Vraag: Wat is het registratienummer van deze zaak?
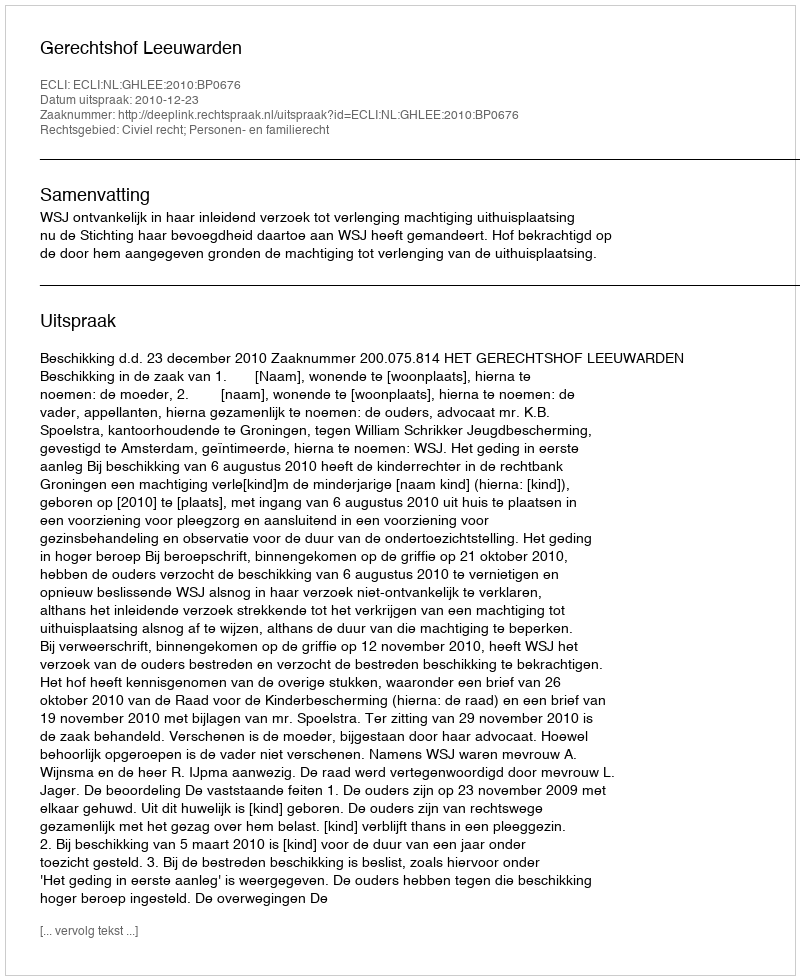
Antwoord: http://deeplink.rechtspraak.nl/uitspraak?id=ECLI:NL:GHLEE:2010:BP0676